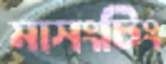
মাসংচিং